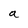
Character: a